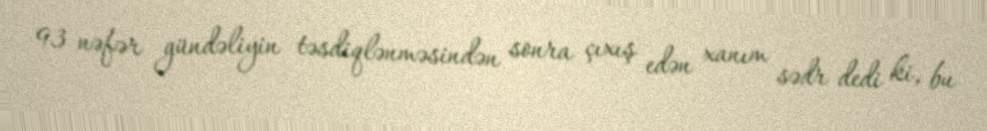
93 nəfər gündəliyin təsdiqlənməsindən sonra çıxış edən xanım sədr dedi ki, bu